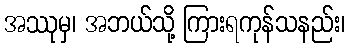
အဿုမှ၊ အဘယ်သို့ ကြားရကုန်သနည်း၊